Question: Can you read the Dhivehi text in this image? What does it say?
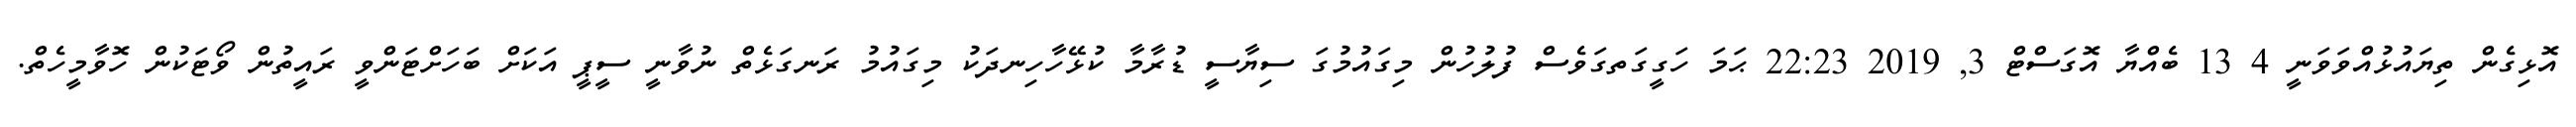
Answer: އޮޅިގެން ތިޔައުޅުއްވަވަނީ 4 13 ބެއްޔާ އޮގަސްޓް 3, 2019 22:23 ޙަމަ ހަގީގަތގަވެސް ފުލުހުން މިގައުމުގަ ސިޔާސީ ޑުރާމާ ކުޅޭހާހިނދަކު މިގައުމު ރަނގަޅެތް ނުވާނީ ސީޕީ އަކަށް ބަހަށްޓަންވީ ރައީތުން ވޯޓަކުން ހޮވާމީހެތް.